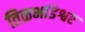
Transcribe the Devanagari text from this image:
तिळभांडेश्वर